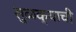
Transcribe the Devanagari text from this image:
सुळक्याची